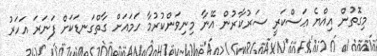
މިގޮތުން އިއްޔެ ޢަސްކަރީ ސަރުކާރުން އޭނާ މިނިވަންކުރުމާ ހަމައަށް ގާތްގަނޑަކަށް ފަނަރަ އަހަރު